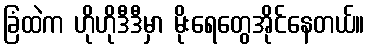
ခြံထဲက ဟိုဟိုဒီဒီမှာ မိုးရေတွေအိုင်နေတယ်။